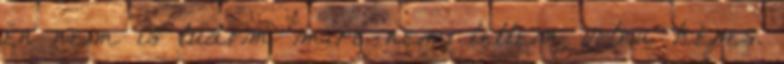
én nem is tudom mire nem lettem volna képes.